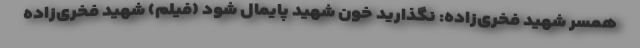
همسر شهید فخری‌زاده: نگذارید خون شهید پایمال شود (فیلم) شهید فخری‌زاده